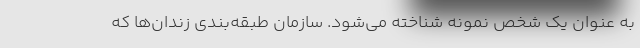
به عنوان یک شخص نمونه شناخته می‌شود. سازمان طبقه‌بندی زندان‌ها که